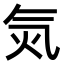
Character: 𣱛